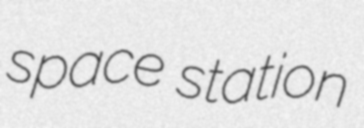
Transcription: space station